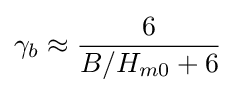
\gamma _{b}\approx {\frac {6}{B/H_{m0}+6}}